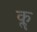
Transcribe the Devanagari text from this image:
कॣ